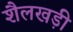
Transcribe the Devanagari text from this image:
शैलखड़ी